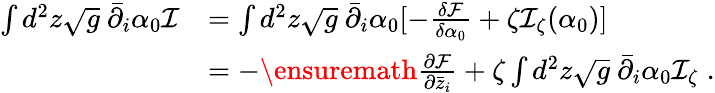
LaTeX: \begin{array}{rl}{\int d^{2}z\sqrt{g}\ \bar{\partial}_{i}\alpha_{0}\mathcal I}&{=\int d^{2}z\sqrt{g}\ \bar{\partial}_{i}\alpha_{0}[-\frac{\delta{\mathcal F}}{\delta\alpha_{0}}+\zeta\mathcal I_{\zeta}(\alpha_{0})]}\\ &{=-\ensuremath{\frac{\partial\mathcal F}{\partial\bar{z}_{i}}}+\zeta\int d^{2}z\sqrt{g}\ \bar{\partial}_{i}\alpha_{0}\mathcal I_{\zeta}\; .}\end{array}